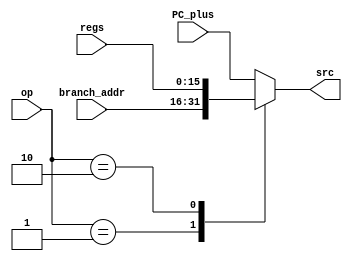
module MUX_PCsrc (
    input [15:0] PC_plus, branch_addr, regs,
    input [1:0] op,
    output [15:0] src
);

    function [15:0] res_src;
        input [15:0] PC_plus, branch_addr, regs;
        input [1:0] op;
        begin
            case (op)
                2'b00: res_src = PC_plus;
                2'b01: res_src = branch_addr;
                2'b10: res_src = regs; 
                default: res_src = PC_plus;
            endcase
        end
    endfunction
    
    assign src = res_src(PC_plus, branch_addr, regs, op);
endmodule